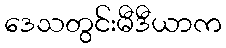
ဒေသတွင်းမီဒီယာက